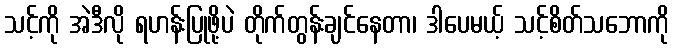
သင့်ကို အဲဒီလို ရဟန်းပြုဖို့ပဲ တိုက်တွန်းချင်နေတာ၊ ဒါပေမယ့် သင့်စိတ်သဘောကို